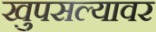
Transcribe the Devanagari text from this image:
खुपसल्यावर